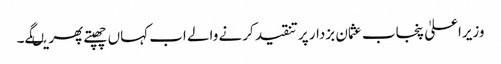
وزیراعلیٰ پنجاب عثمان بزدار پر تنقید کرنے والے اب کہاں چھپتے پھریںگے۔